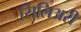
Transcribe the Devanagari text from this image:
सिलिअरी